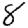
Digit: 8